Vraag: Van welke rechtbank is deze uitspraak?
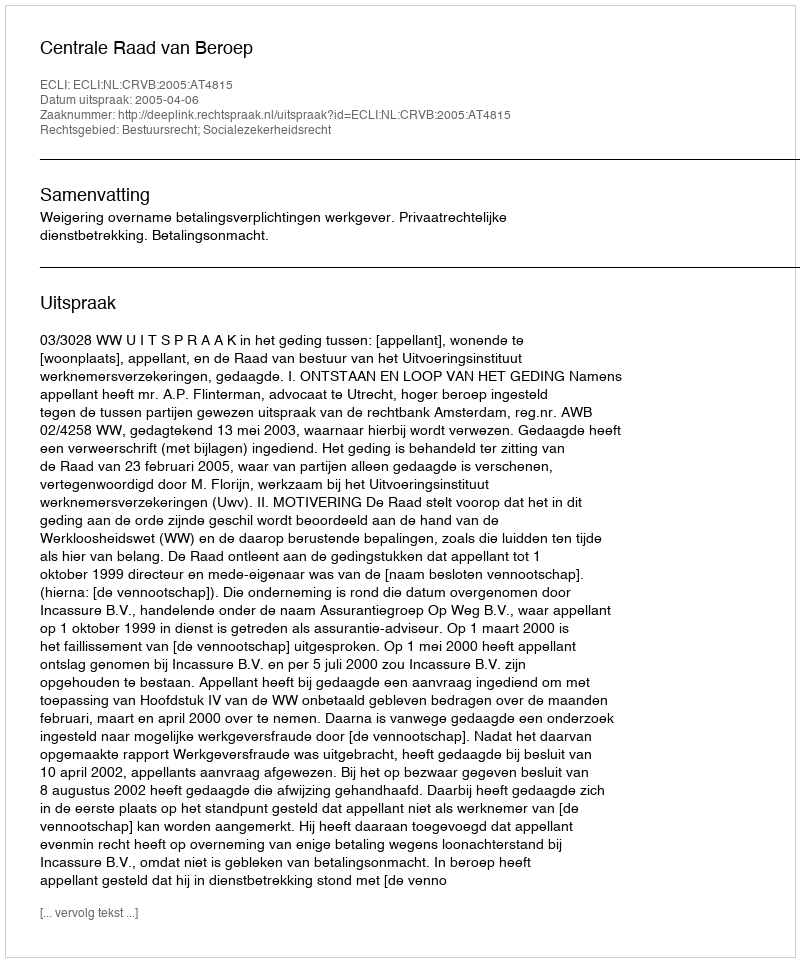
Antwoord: Centrale Raad van Beroep